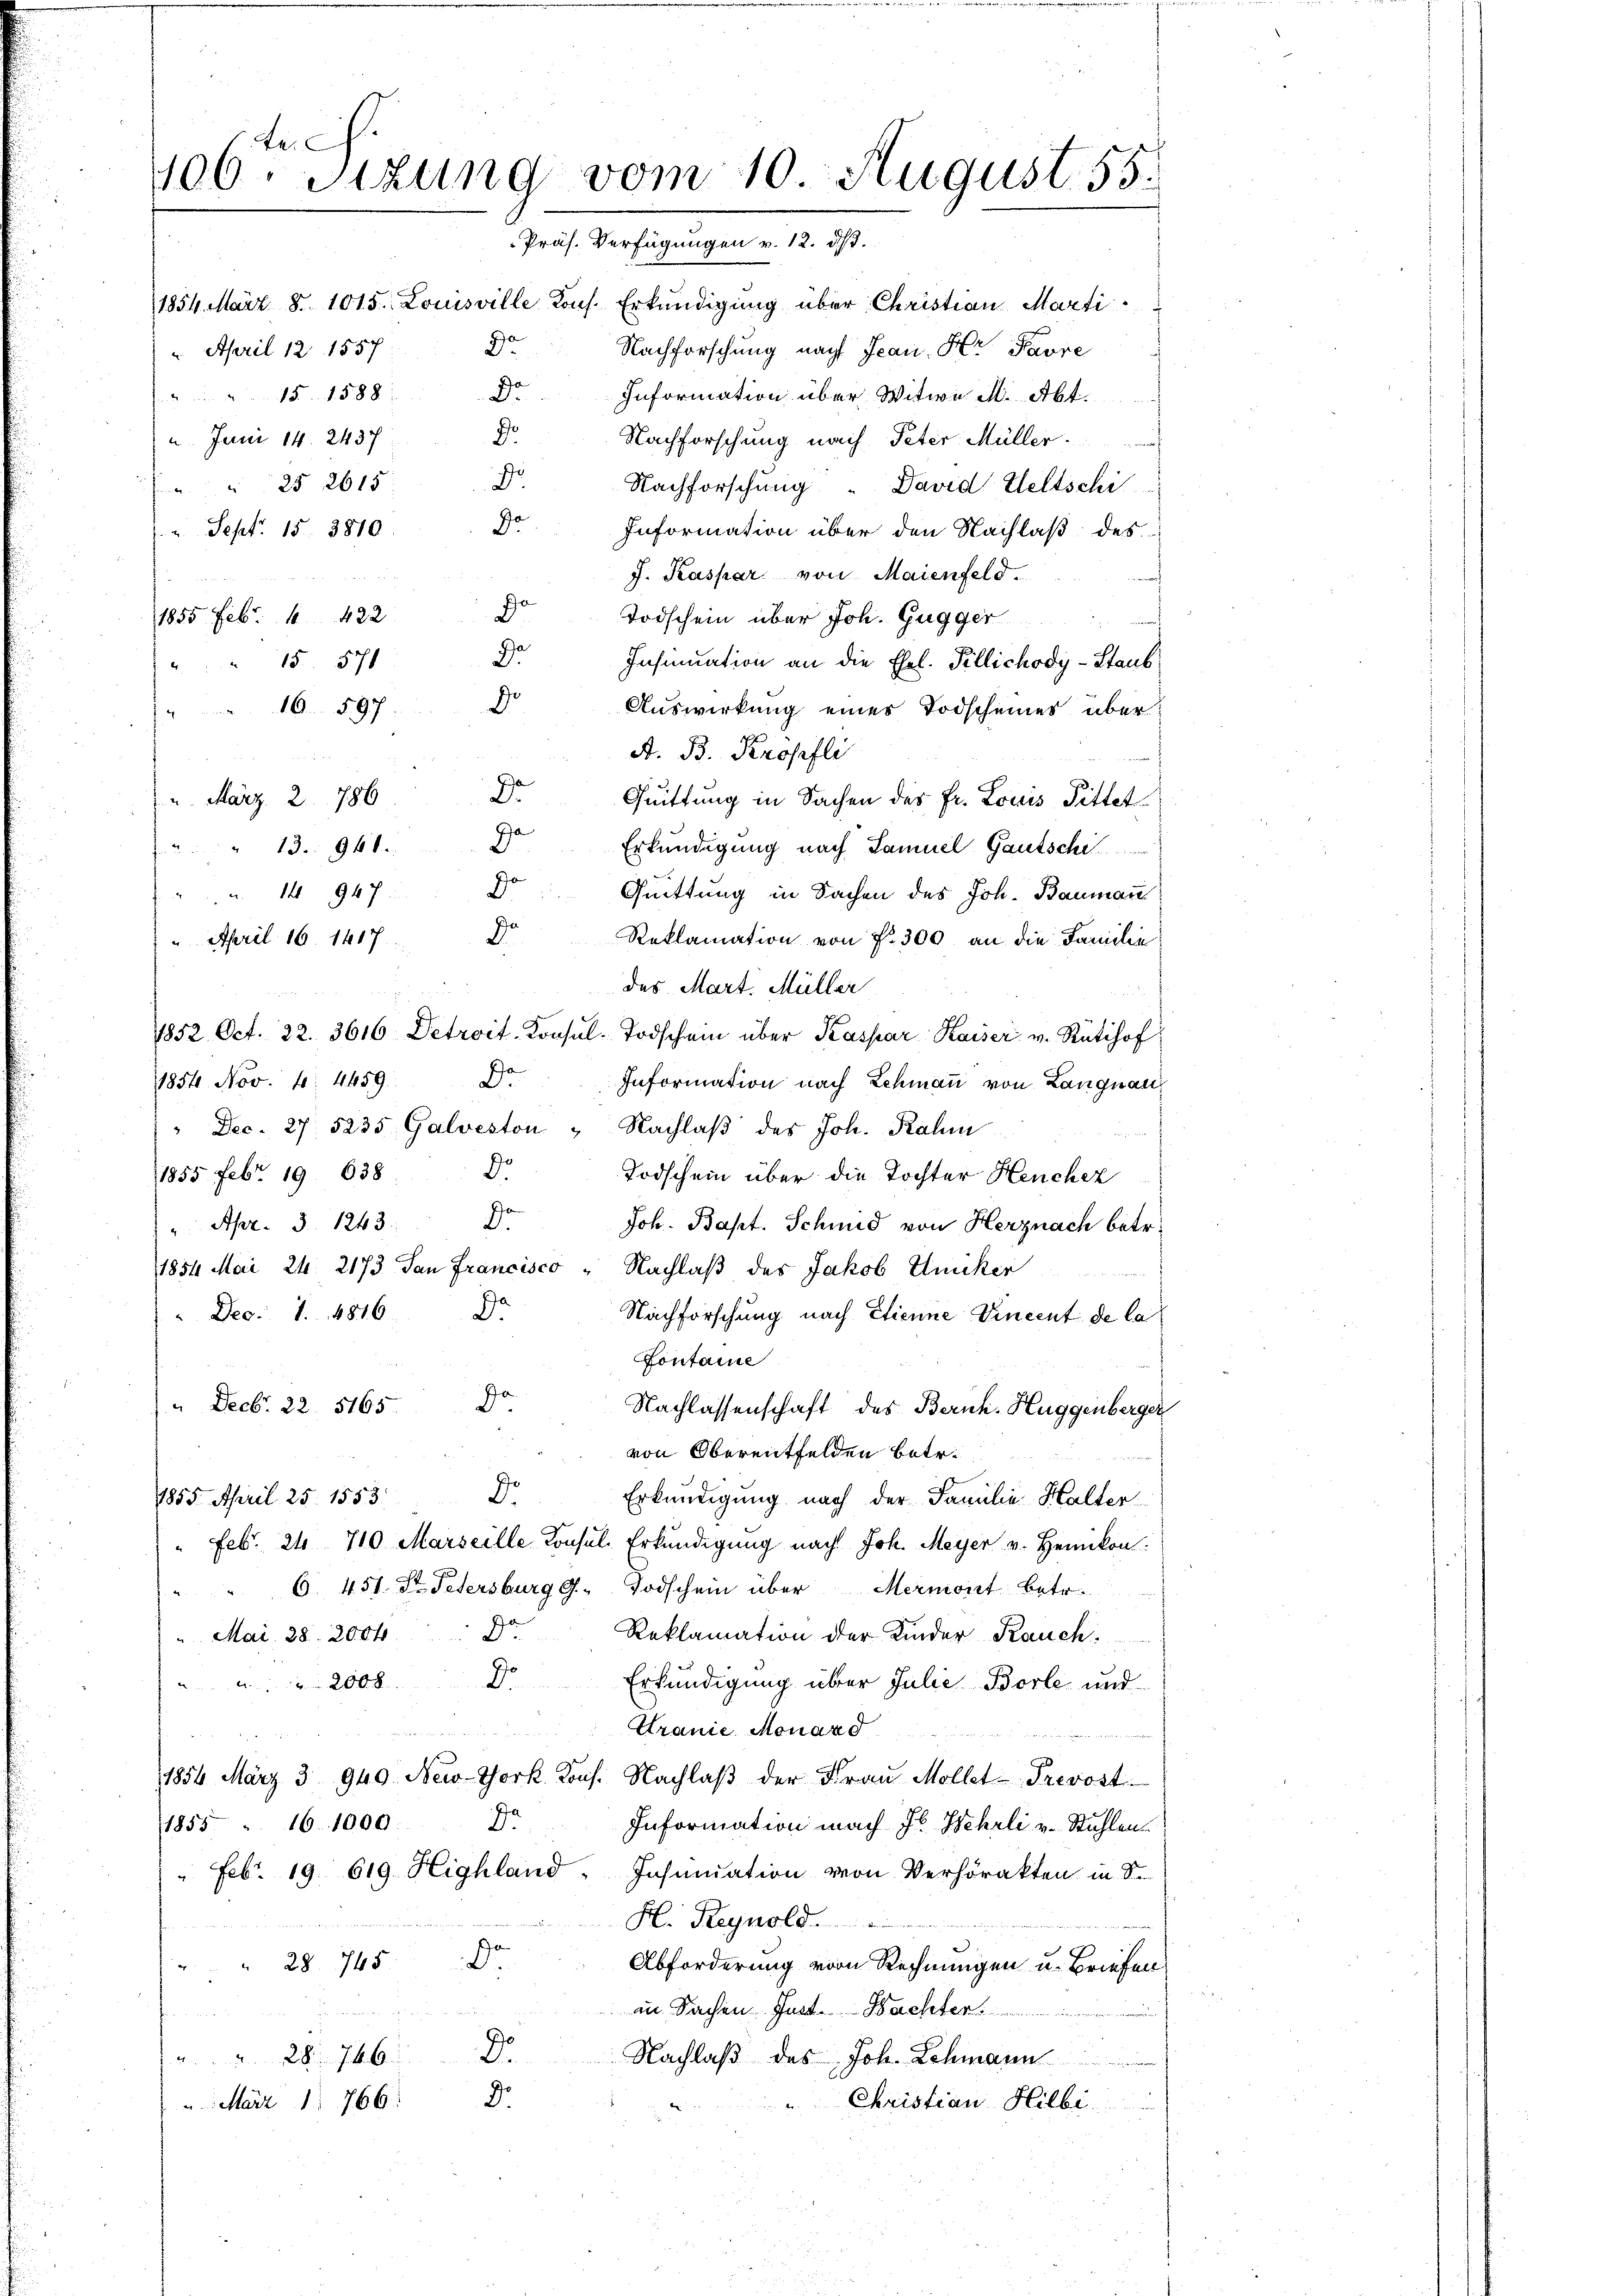
Le
406. Sizung vom 10. August. 55.
Präs. Verfügungen v. 12. ds.

1854. März 8. 1015. Louisville Kons. Erkundigung über Christian Marti
 April 12 1557 Do
15. 1588
Dr
A
2. Juni 14. 2437
" " 25 2615:
o
2 Sept. 15. 3810
d
1855 Feb. 1 422
Dr
15 578
d
16. 597.
A. B. Kropfli
D
2. März 2. 786
Quittung in Sachen des Fr. Louis Pittet
Da
Erkundigung nach Samuel Gautsche
" 13. 968.
do
Quittung in Sachen des Joh. Baumann
 1947
3.
Reklamation von Fr. 300 an die Familie
 April 16. 1417.
des Mart. Müller
1852 Oct. 22. 3616 Detroit-Konsŭl-Todschein über Kaspar Kaiser v. Rütihof
1854 Nov. 1. 4459.
Information nach Lehmann von Langnau
Da
" Dec. 27. 5235. Galveston " Nachlaβ des Joh. Rahm
11855 Febr. 19. 638. D.
Todschein über die Tochter Heuchez
Joh. Bapt. Schmid von Herznach betr.
 Apr. 3. 1243. " Dr
1854 Mai 24. 2173 San Francisco - Nachlaß des Jakob Umiker
" Dec. 1. 4816
Nachforschung nach Etienne Vincent de la
Fontaine
" Decb. 22. 5165. Dr. Nachlassenschaft des Bernh-Huggenberger
von Oberentfelden betr.
1855. April 25. 1553. Dr.
Erkundigung nach der Familie Halter
Feb. 24. 710. Marseille Konsul, Erkundigung nach Joh. Meyer v. Heinikon
" 6. 451 St Petersburg g. Todschein über Mermont betr.
Reklamation der Kinder Rauch
". Mai 28. 2004. Do
Erkundigung über Julie Borle und
2008.
Granie Monard
n
e
1854 März 3 940. New-York Kons. Nachlaβ der Fraŭ Mollet-Prevost
a
1855. 16. 1000:
Information nach Fl. Wehrli v. Stuhlen.
" Febr. 19. 619 Highland, Insinuation von Verhörakten in S
H. Reynold
" 28 745.
Abforderung vom Rechnungen u. Briefen
in Sachen Inst. Nachter.
D.
Nachlaß des Joh. Schmann
228. 766.
" Christian Hilbi
 März 1. 766: Jo

Nachforschung nach Jean Hr. Pavre
Information über Witwe M. Abt.
Nachforschung nach Peter Müller.
p Nachforschung " David Weltschi
Information über den Nachlaß des
J. Kaspar von Maienfeld.
Todschein über Joh. Gugger
Insinuation an die Ehel. Tillichody-Staub
Auswirkung eines Todscheines über¬